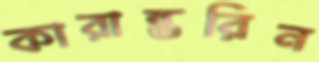
কারান্তরিন